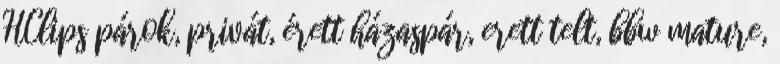
HClips párok, privát, érett házaspár, erett telt, bbw mature,